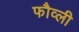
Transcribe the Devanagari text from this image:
फौव्ली